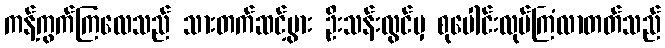
ကန့်ကွက်ကြလေသည် သားတက်ဆင့်ပွား ဦးသန်းလွင်မှ စုပေါင်းလုပ်ကြံလာတတ်သည်